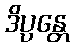
ဒိပ္ပန္တေ